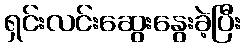
ရှင်းလင်းဆွေးနွေးခဲ့ပြီး